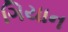
ગિયાન